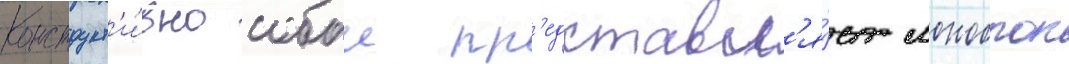
Конструкт'и́вно собои пр'едставл'я́ет моноблок